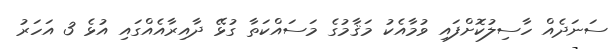
ސަނަދެއް ހާސިލުކޮށްފައި ވުމާއެކު މަޤާމުގެ މަސައްކަތާ ގުޅޭ ދާއިރާއެއްގައި އުޅެ 3 އަހަރު